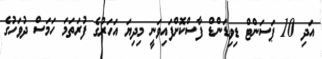
އަދި 10 ޕަސަންޓް ޑިވިޑަންޑް ފާސްކޮށްފައިވަނީ މިދިޔަ އަހަރުގެ ފުރަތަމަ ހަމަސް ދުވަހުގެ